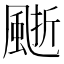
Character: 𩗙